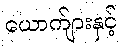
ယောက်ျားနှင့်